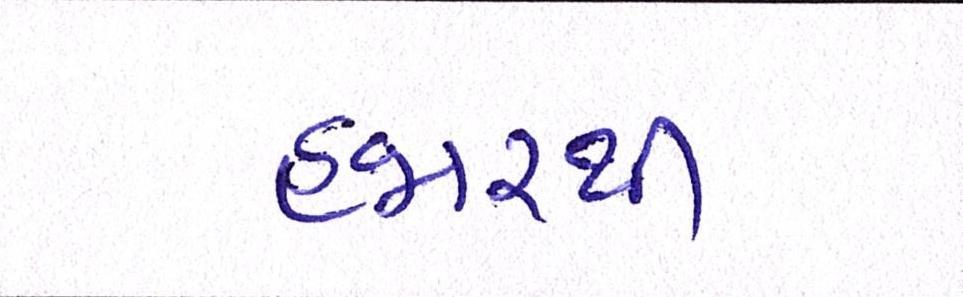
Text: હજારથી